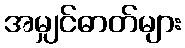
အမျှင်ဓာတ်များ